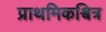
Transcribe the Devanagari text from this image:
प्राथमिकश्वित्र